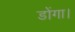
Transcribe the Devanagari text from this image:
डोंगा।